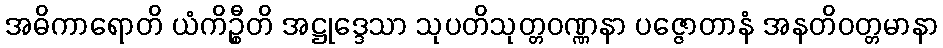
အဓိကာရောတိ ယံကိဉ္စီတိ အဋ္ဌုဒ္ဒေသာ သုပတိသုတ္တဝဏ္ဏနာ ပဇ္ဇောတာနံ အနတိဝတ္တမာနာ